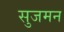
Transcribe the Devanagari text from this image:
सुजमन